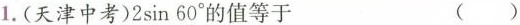
1.(（天津中考）2sin60°的值等于 ()